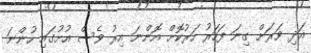
އަދި ވަރަށް ގިނަ ފަހަރު ހަރުކޮށް އޮންނަ އިރު ވެސް އުށުގައި ހުންނަ